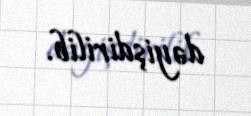
dəyişdirilib.